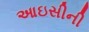
આઇસીની